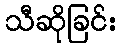
သီဆိုခြင်း